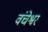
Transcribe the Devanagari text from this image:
वंचेश्वर